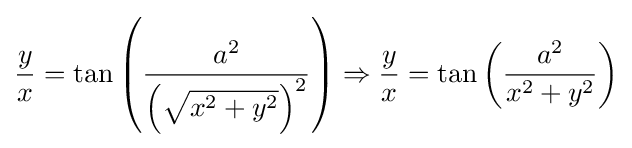
{\frac {y}{x}}=\tan \left({\frac {a^{2}}{\left({\sqrt {x^{2}+y^{2}}}\right)^{2}}}\right)\Rightarrow {\frac {y}{x}}=\tan \left({\frac {a^{2}}{x^{2}+y^{2}}}\right)